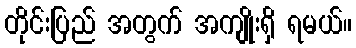
တိုင်းပြည် အတွက် အကျိုးရှိ ရမယ်။